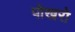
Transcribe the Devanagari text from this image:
पोखरो